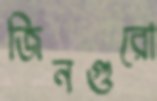
জিনগুরো